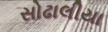
સોઢાલીયા